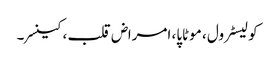
کولیسٹرول ، موٹاپا، امراض قلب ، کینسر ۔